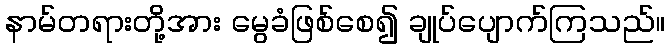
နာမ်တရားတို့အား မွေခံဖြစ်စေ၍ ချုပ်ပျောက်ကြသည်။